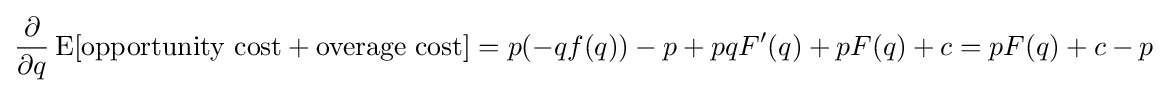
{\frac {\partial }{\partial q}}\operatorname {E} [{\text{opportunity cost}}+{\text{overage cost}}]=p(-qf(q))-p+pqF'(q)+pF(q)+c=pF(q)+c-p